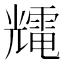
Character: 𰃕